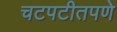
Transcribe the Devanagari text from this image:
चटपटीतपणे